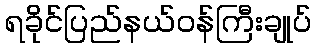
ရခိုင်ပြည်နယ်ဝန်ကြီးချုပ်